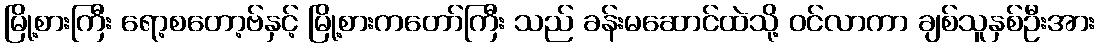
မြို့စားကြီး ရော့စတော့ဗ်နှင့် မြို့စားကတော်ကြီး သည် ခန်းမဆောင်ထဲသို့ ဝင်လာကာ ချစ်သူနှစ်ဦးအား